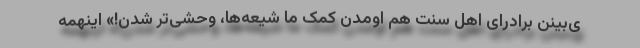
ی‌بینن برادرای اهل سنت هم اومدن کمک ما شیعه‌ها، وحشی‌تر شدن!» اینهمه